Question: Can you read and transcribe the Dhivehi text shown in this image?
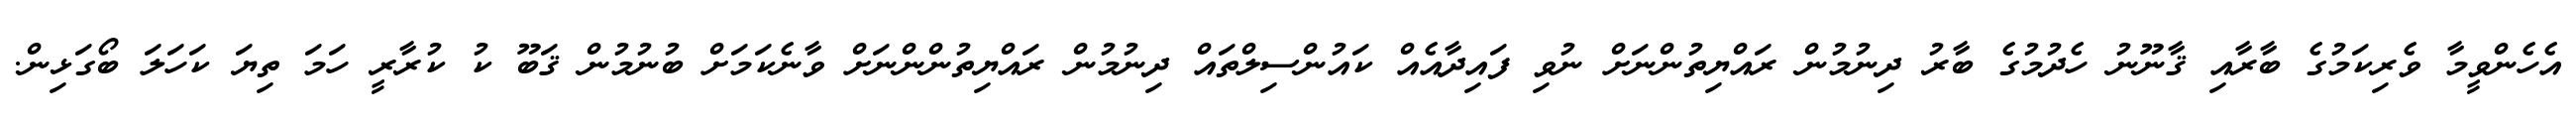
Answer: އެހެންވީމާ ވެރިކަމުގެ ބާރާއި ޤާނޫނު ހެދުމުގެ ބާރު ދިނުމުން ރައްޔިތުންނަށް ނުވި ފައިދާއެއް ކައުންސިލްތައް ދިނުމުން ރައްޔިތުންންނަށް ވާނެކަމަށް ބުނުމުން ޤަބޫ ކު ކުރާރީ ހަމަ ތިޔަ ކަހަލަ ބޯގަޅިން.